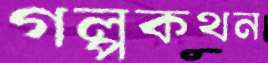
গল্পকথন